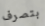
بتصرف